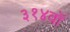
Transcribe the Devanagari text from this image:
३१४वॉ